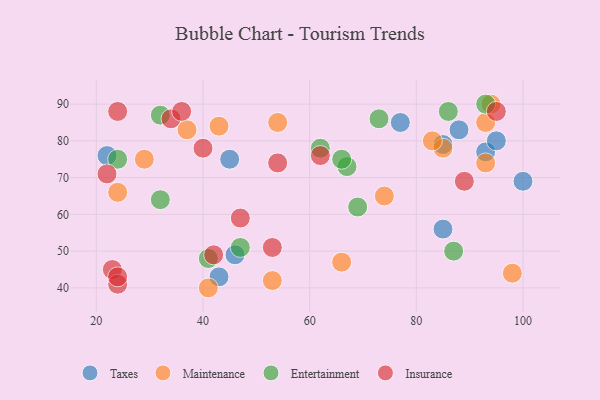
{"axis": {"x": "GDP", "y": "Life Expectancy"}, "legend": ["Entertainment", "Insurance", "Maintenance", "Taxes"], "data": [{"x": "100", "y": 69, "type": "Taxes"}, {"x": "77", "y": 85, "type": "Taxes"}, {"x": "22", "y": 76, "type": "Taxes"}, {"x": "93", "y": 77, "type": "Taxes"}, {"x": "85", "y": 56, "type": "Taxes"}, {"x": "45", "y": 75, "type": "Taxes"}, {"x": "43", "y": 43, "type": "Taxes"}, {"x": "46", "y": 49, "type": "Taxes"}, {"x": "85", "y": 79, "type": "Taxes"}, {"x": "88", "y": 83, "type": "Taxes"}, {"x": "95", "y": 80, "type": "Taxes"}, {"x": "93", "y": 85, "type": "Maintenance"}, {"x": "98", "y": 44, "type": "Maintenance"}, {"x": "74", "y": 65, "type": "Maintenance"}, {"x": "37", "y": 83, "type": "Maintenance"}, {"x": "66", "y": 47, "type": "Maintenance"}, {"x": "41", "y": 40, "type": "Maintenance"}, {"x": "29", "y": 75, "type": "Maintenance"}, {"x": "85", "y": 78, "type": "Maintenance"}, {"x": "54", "y": 85, "type": "Maintenance"}, {"x": "43", "y": 84, "type": "Maintenance"}, {"x": "93", "y": 74, "type": "Maintenance"}, {"x": "53", "y": 42, "type": "Maintenance"}, {"x": "83", "y": 80, "type": "Maintenance"}, {"x": "24", "y": 66, "type": "Maintenance"}, {"x": "94", "y": 90, "type": "Maintenance"}, {"x": "47", "y": 51, "type": "Entertainment"}, {"x": "62", "y": 78, "type": "Entertainment"}, {"x": "69", "y": 62, "type": "Entertainment"}, {"x": "87", "y": 50, "type": "Entertainment"}, {"x": "32", "y": 64, "type": "Entertainment"}, {"x": "73", "y": 86, "type": "Entertainment"}, {"x": "32", "y": 87, "type": "Entertainment"}, {"x": "67", "y": 73, "type": "Entertainment"}, {"x": "86", "y": 88, "type": "Entertainment"}, {"x": "41", "y": 48, "type": "Entertainment"}, {"x": "93", "y": 90, "type": "Entertainment"}, {"x": "24", "y": 75, "type": "Entertainment"}, {"x": "66", "y": 75, "type": "Entertainment"}, {"x": "23", "y": 45, "type": "Insurance"}, {"x": "95", "y": 88, "type": "Insurance"}, {"x": "24", "y": 88, "type": "Insurance"}, {"x": "47", "y": 59, "type": "Insurance"}, {"x": "54", "y": 74, "type": "Insurance"}, {"x": "42", "y": 49, "type": "Insurance"}, {"x": "34", "y": 86, "type": "Insurance"}, {"x": "40", "y": 78, "type": "Insurance"}, {"x": "53", "y": 51, "type": "Insurance"}, {"x": "22", "y": 71, "type": "Insurance"}, {"x": "24", "y": 41, "type": "Insurance"}, {"x": "36", "y": 88, "type": "Insurance"}, {"x": "89", "y": 69, "type": "Insurance"}, {"x": "62", "y": 76, "type": "Insurance"}, {"x": "24", "y": 43, "type": "Insurance"}]}